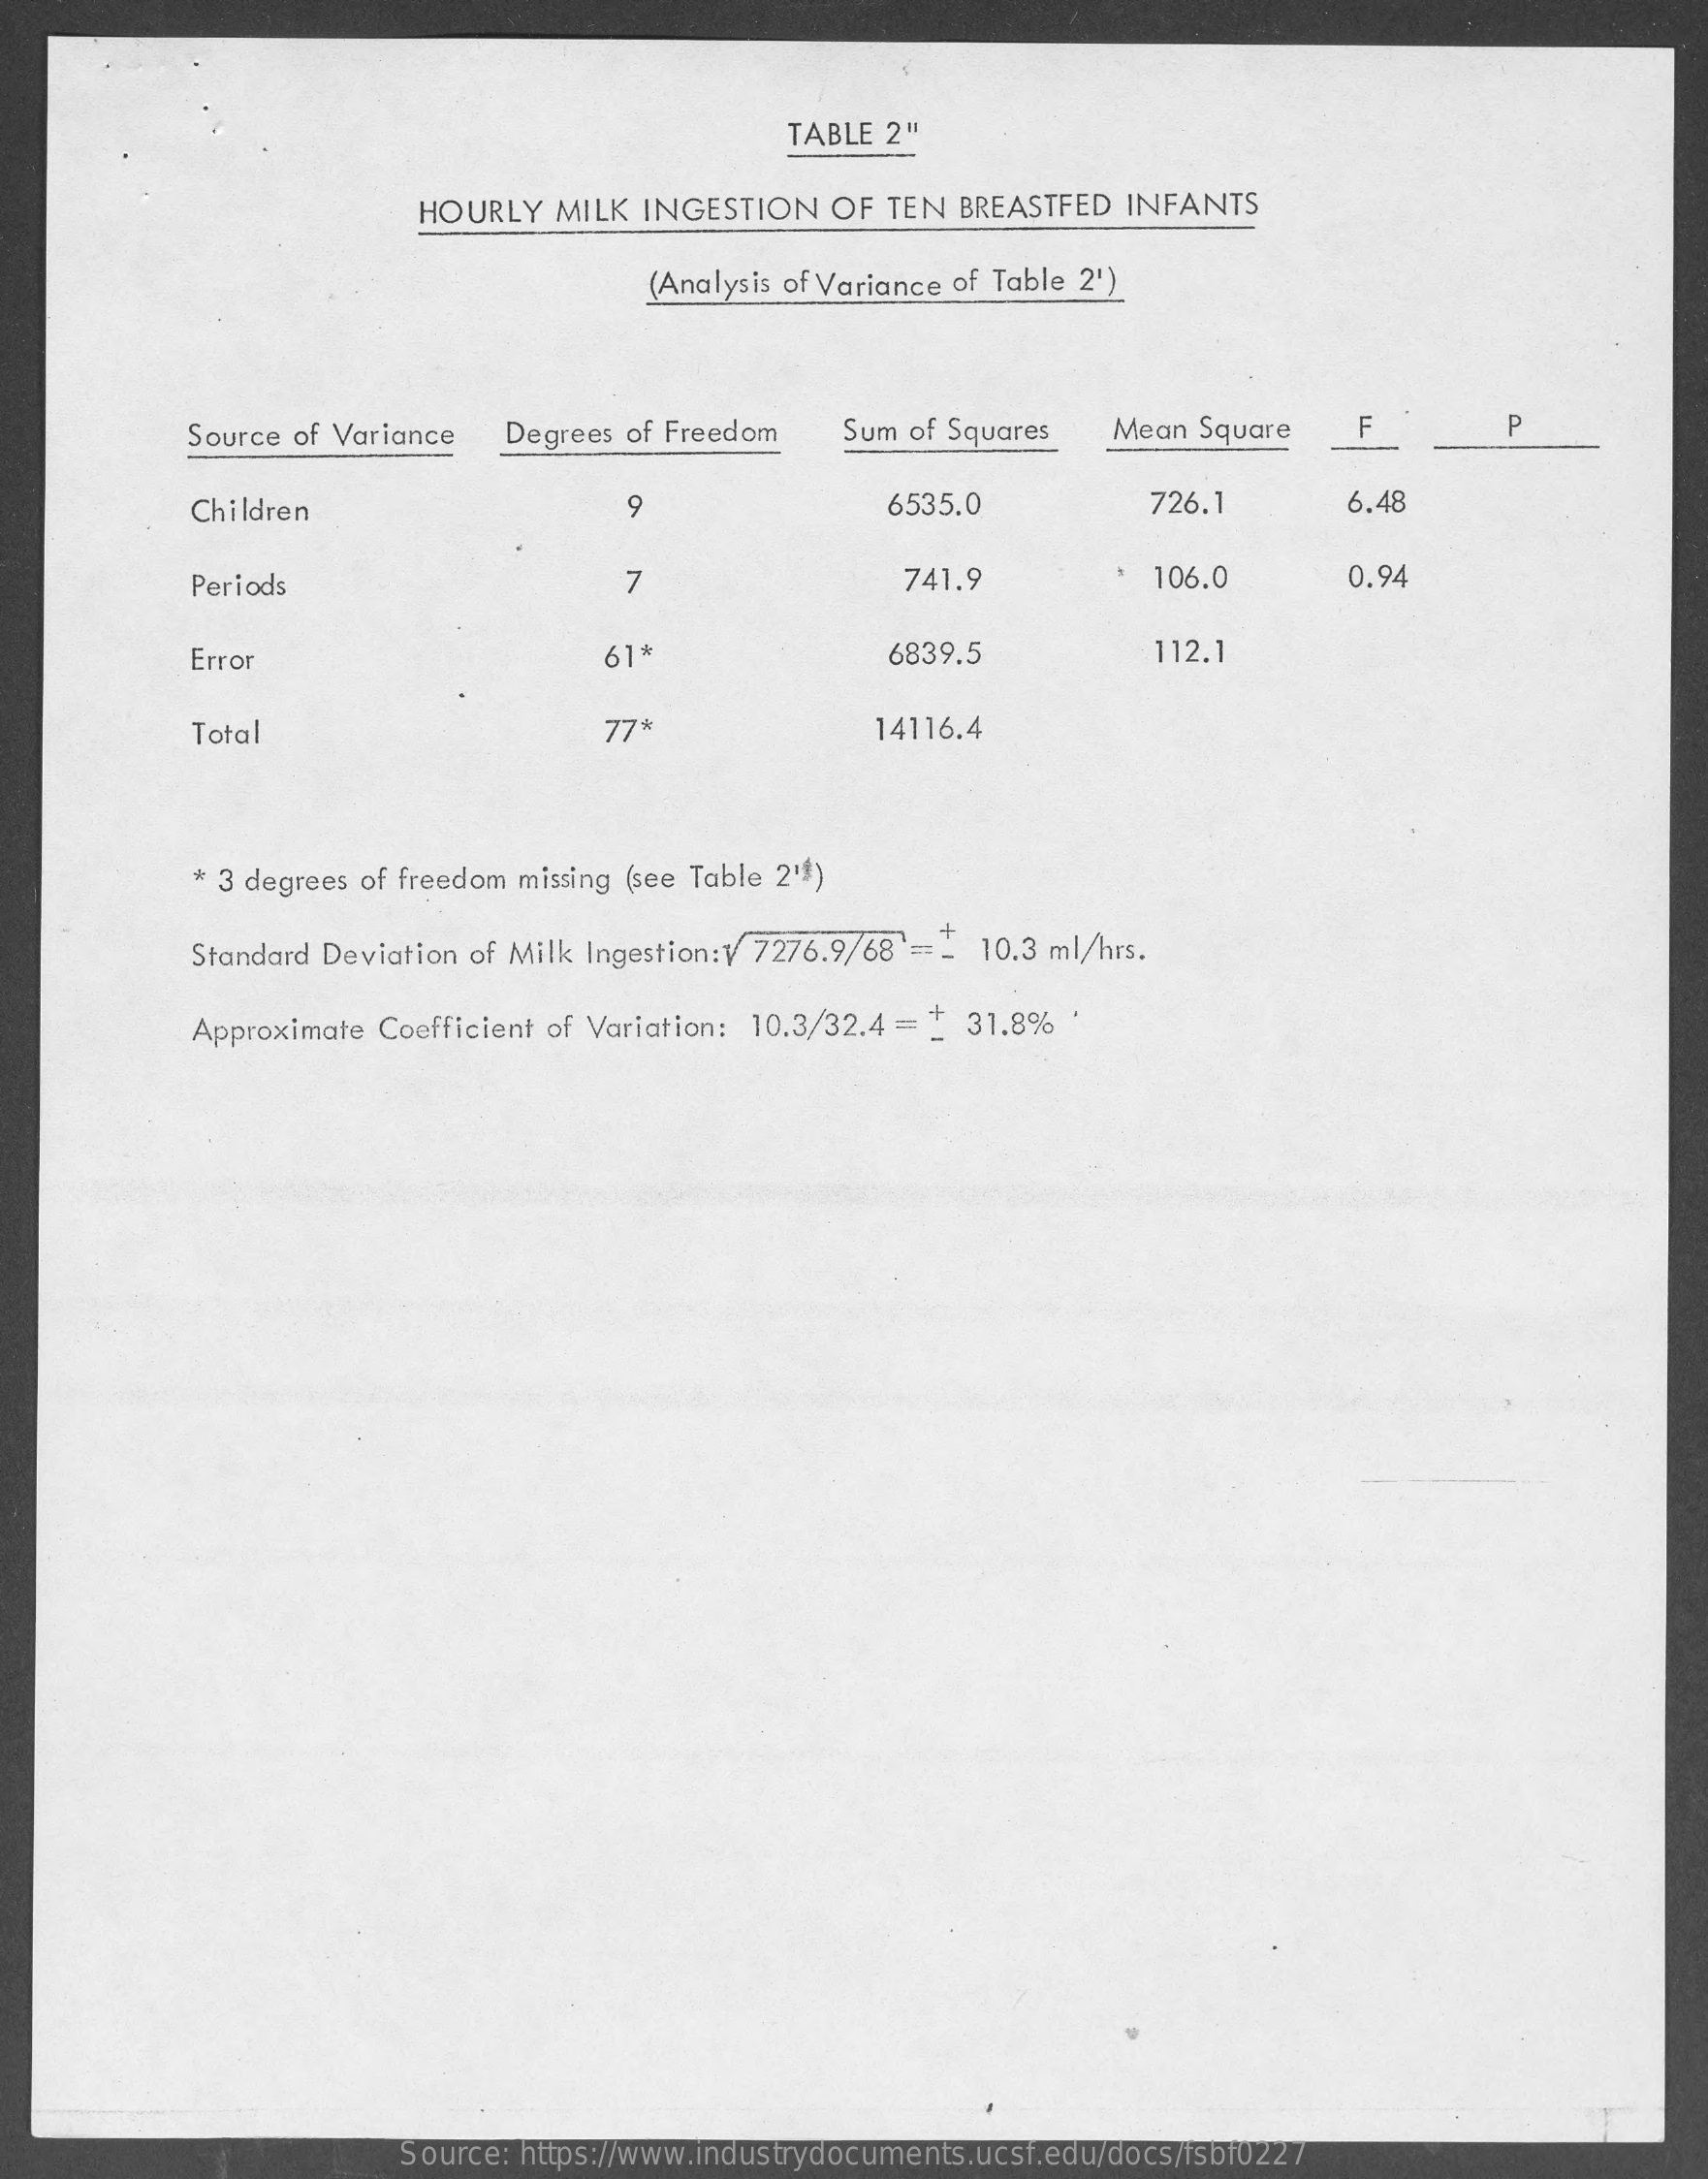
TABLE 2"
     HOURLY   MILK  INGESTION   OF  TEN BREASTFED  INFANTS
     (Analysis of Variance of Table 21)
     Source of Variance   Degrees of Freedom    Sum of Squares    Mean Square    F    P
     Children    9    6535.0    726.1    6.48
     Periods    7    741.9    106.0    0.94
     Error    61*    6839.5    112.1
     Total    77*    14116.4
     * 3 degrees of freedom missing (see Table 21)
     Standard Deviation of Milk Ingestion:1 7276.9/68 ' == - 10.3 ml/hrs.
     Approximate Coefficient of Variation: 10.3/32.4 = + 31.8% '
     Source: https://www.industrydocuments.ucsf.edu/docs/fsbf0227